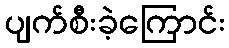
ပျက်စီးခဲ့ကြောင်း